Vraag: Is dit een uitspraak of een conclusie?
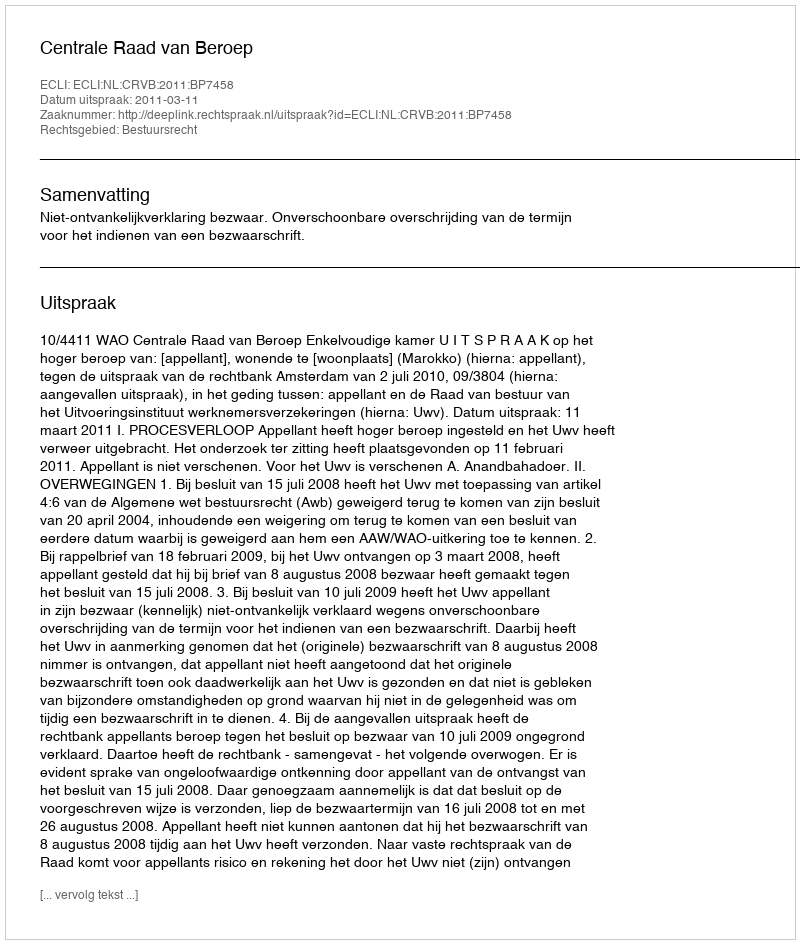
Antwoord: Uitspraak